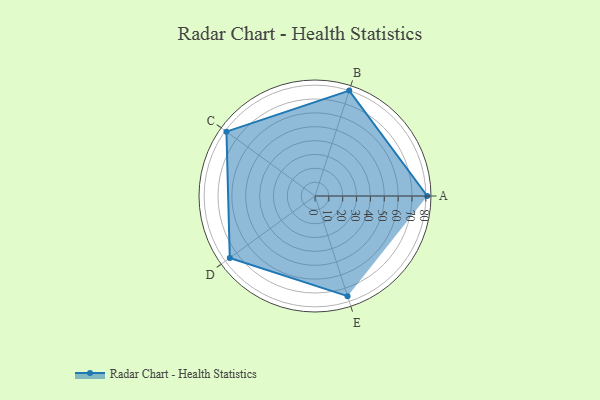
{"axis": {"x": "Skill", "y": "Score"}, "legend": ["Profile"], "data": [{"x": "A", "y": 81.0, "type": "Profile"}, {"x": "B", "y": 80.0, "type": "Profile"}, {"x": "C", "y": 79.0, "type": "Profile"}, {"x": "D", "y": 76.0, "type": "Profile"}, {"x": "E", "y": 76.0, "type": "Profile"}]}